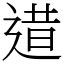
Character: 逪